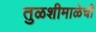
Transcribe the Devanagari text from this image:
तुळशीमाळेची